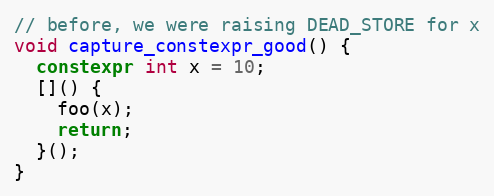
Language: C++
// before, we were raising DEAD_STORE for x
void capture_constexpr_good() {
  constexpr int x = 10;
  []() {
    foo(x);
    return;
  }();
}